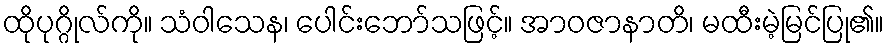
ထိုပုဂ္ဂိုလ်ကို။ သံဝါသေန၊ ပေါင်းဘော်သဖြင့်။ အာဝဇာနာတိ၊ မထီးမဲ့မြင်ပြု၏။